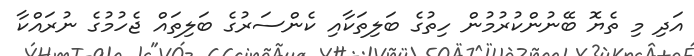
އަދި މި ތެޔޮ ބޭނުންކުރުމުން ހިތުގެ ބަލިތަކާއި ކެންސަރުގެ ބަލިތައް ޖެހުމުގެ ނުރައްކާ